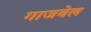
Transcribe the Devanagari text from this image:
गाजवेल